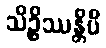
သိဉ္စိဿန္တိပိ